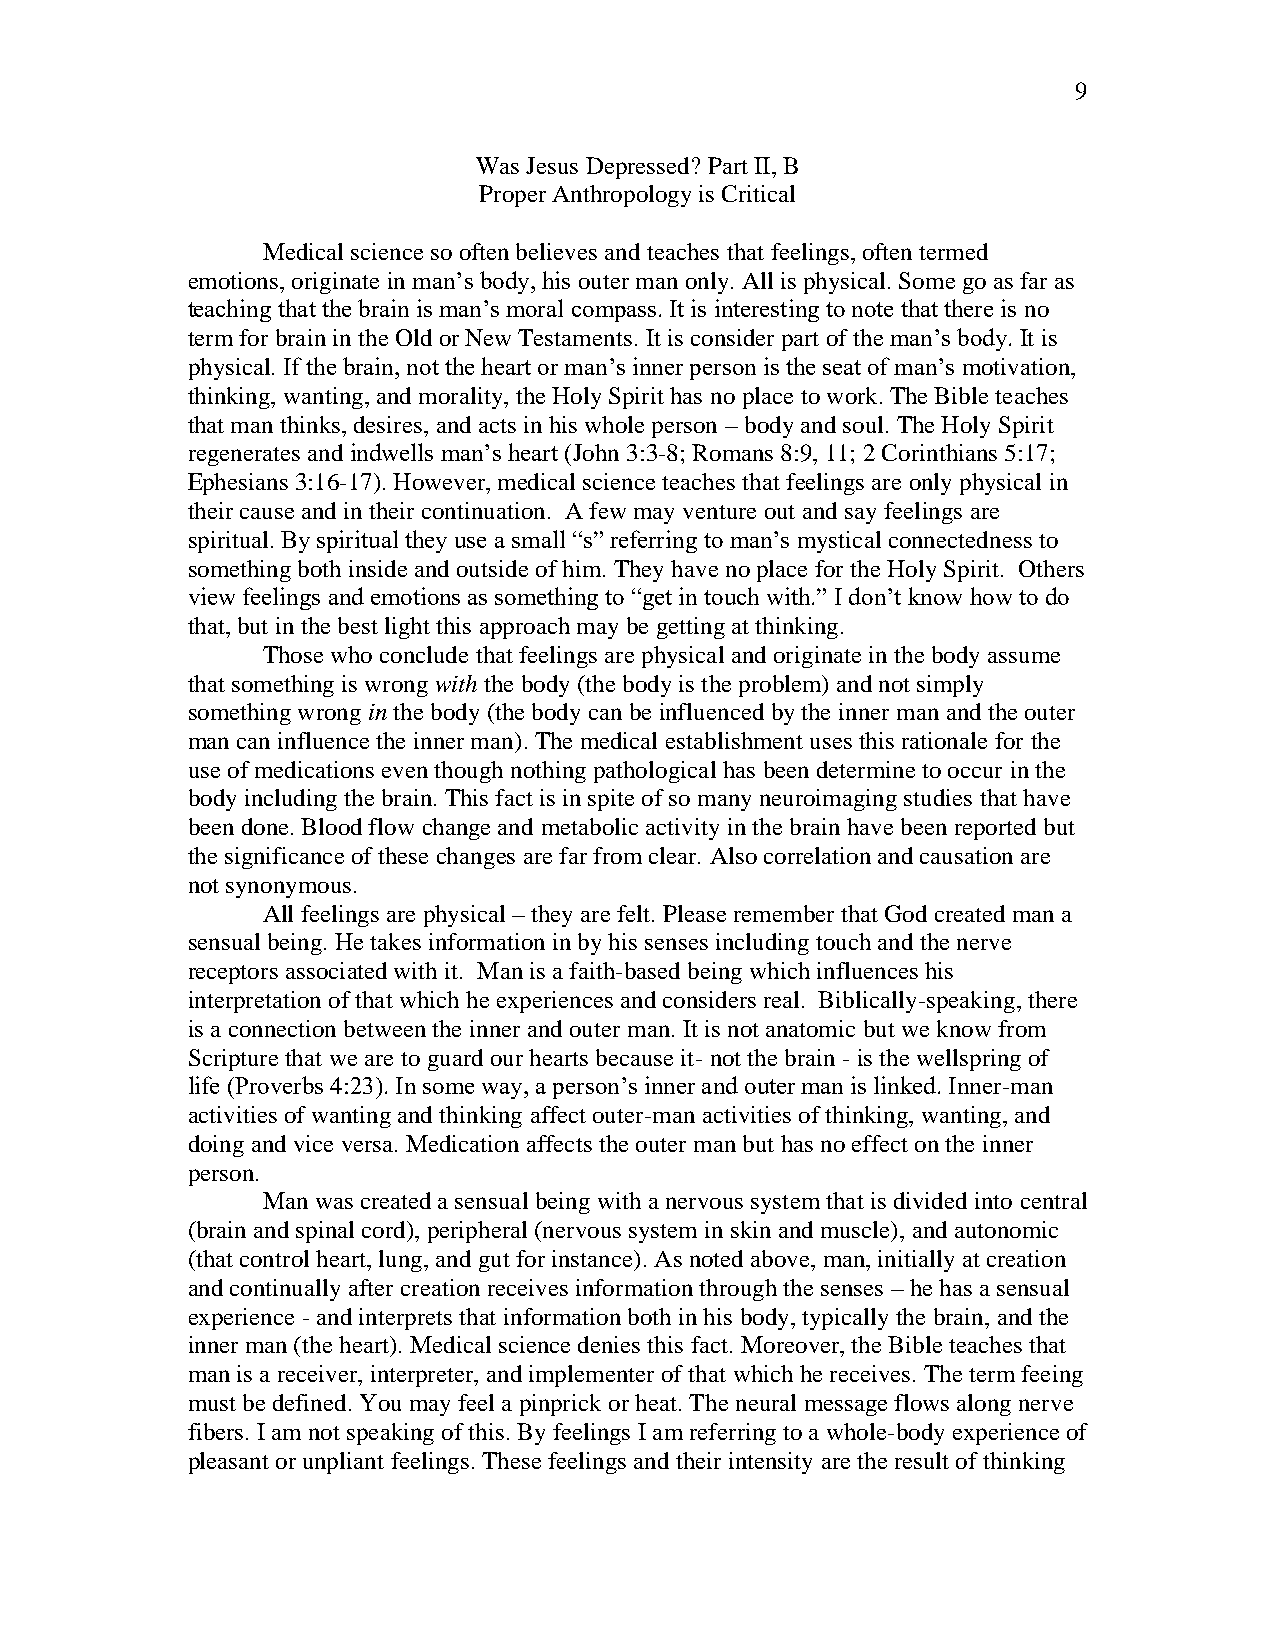
9
 Was Jesus Depressed? Part II, B
 Proper Anthropology is Critical
 Medical science so often believes and teaches that feelings, often termed
 emotions, originate in man’s body, his outer man only. All is physical. Some go as far as
 teaching that the brain is man’s moral compass. It is interesting to note that there is no
 term for brain in the Old or New Testaments. It is consider part of the man’s body. It is
 physical. If the brain, not the heart or man’s inner person is the seat of man’s motivation,
 thinking, wanting, and morality, the Holy Spirit has no place to work. The Bible teaches
 that man thinks, desires, and acts in his whole person – body and soul. The Holy Spirit
 regenerates and indwells man’s heart (John 3:3-8; Romans 8:9, 11; 2 Corinthians 5:17;
 Ephesians 3:16-17). However, medical science teaches that feelings are only physical in
 their cause and in their continuation. A few may venture out and say feelings are
 spiritual. By spiritual they use a small “s” referring to man’s mystical connectedness to
 something both inside and outside of him. They have no place for the Holy Spirit. Others
 view feelings and emotions as something to “get in touch with.” I don’t know how to do
 that, but in the best light this approach may be getting at thinking.
 Those who conclude that feelings are physical and originate in the body assume
 that something is wrong with the body (the body is the problem) and not simply
 something wrong in the body (the body can be influenced by the inner man and the outer
 man can influence the inner man). The medical establishment uses this rationale for the
 use of medications even though nothing pathological has been determine to occur in the
 body including the brain. This fact is in spite of so many neuroimaging studies that have
 been done. Blood flow change and metabolic activity in the brain have been reported but
 the significance of these changes are far from clear. Also correlation and causation are
 not synonymous.
 All feelings are physical – they are felt. Please remember that God created man a
 sensual being. He takes information in by his senses including touch and the nerve
 receptors associated with it. Man is a faith-based being which influences his
 interpretation of that which he experiences and considers real. Biblically-speaking, there
 is a connection between the inner and outer man. It is not anatomic but we know from
 Scripture that we are to guard our hearts because it- not the brain - is the wellspring of
 life (Proverbs 4:23). In some way, a person’s inner and outer man is linked. Inner-man
 activities of wanting and thinking affect outer-man activities of thinking, wanting, and
 doing and vice versa. Medication affects the outer man but has no effect on the inner
 person.
 Man was created a sensual being with a nervous system that is divided into central
 (brain and spinal cord), peripheral (nervous system in skin and muscle), and autonomic
 (that control heart, lung, and gut for instance). As noted above, man, initially at creation
 and continually after creation receives information through the senses – he has a sensual
 experience - and interprets that information both in his body, typically the brain, and the
 inner man (the heart). Medical science denies this fact. Moreover, the Bible teaches that
 man is a receiver, interpreter, and implementer of that which he receives. The term feeing
 must be defined. You may feel a pinprick or heat. The neural message flows along nerve
 fibers. I am not speaking of this. By feelings I am referring to a whole-body experience of
 pleasant or unpliant feelings. These feelings and their intensity are the result of thinking